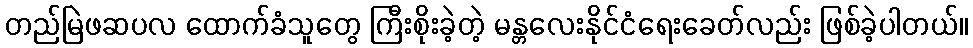
တည်မြဲဖဆပလ ထောက်ခံသူတွေ ကြီးစိုးခဲ့တဲ့ မန္တလေးနိုင်ငံရေးခေတ်လည်း ဖြစ်ခဲ့ပါတယ်။